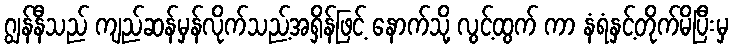
ဂျွန်နီသည် ကျည်ဆန်မှန်လိုက်သည့်အရှိန်ဖြင့် နောက်သို့ လွင့်ထွက် ကာ နံရံနှင့်တိုက်မိပြီးမှ